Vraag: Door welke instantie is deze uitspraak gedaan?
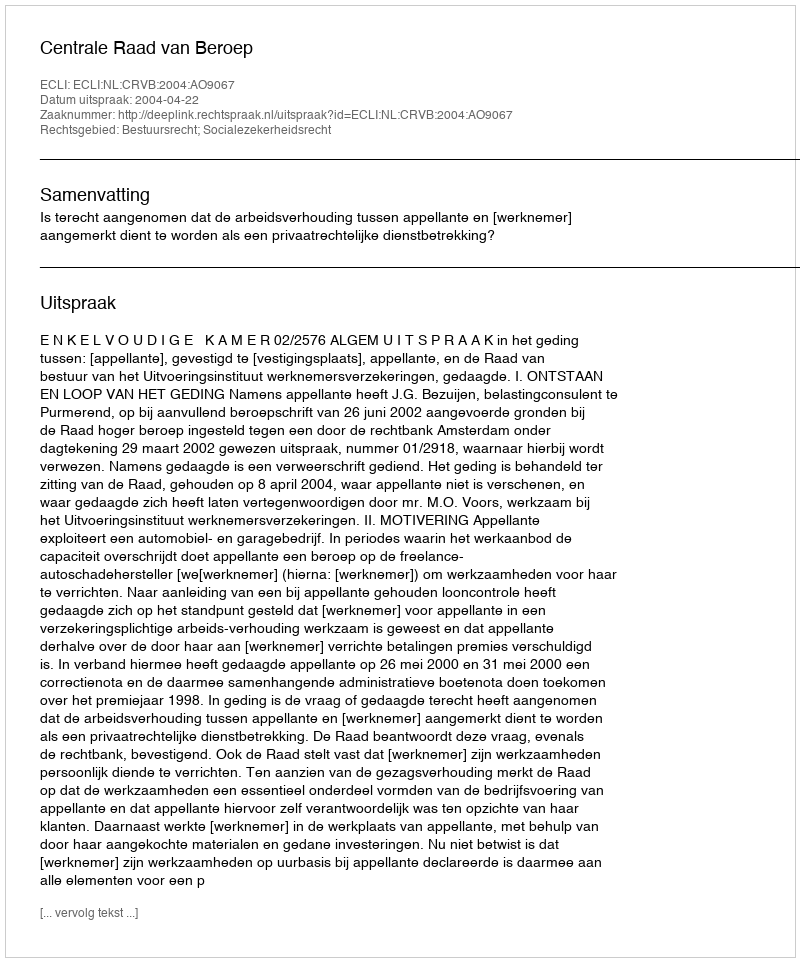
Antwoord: Centrale Raad van Beroep